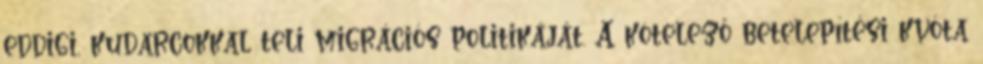
eddigi, kudarcokkal teli migrációs politikáját. A kötelező betelepítési kvóta